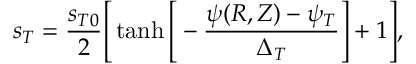
s _ { T } = \frac { s _ { T 0 } } { 2 } \Bigg [ \operatorname { t a n h } \Bigg [ - \frac { \psi ( R , Z ) - \psi _ { T } } { \Delta _ { T } } \Bigg ] + 1 \Bigg ] ,